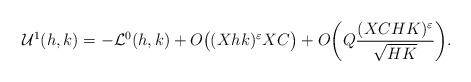
LaTeX: \begin{align*}\mathcal{U}^1(h,k) = -\mathcal{L}^0(h,k) + O \big( (Xhk)^\varepsilon XC \big) + O\bigg(Q\frac{(XCHK)^{\varepsilon}}{\sqrt{HK}} \bigg).\end{align*}